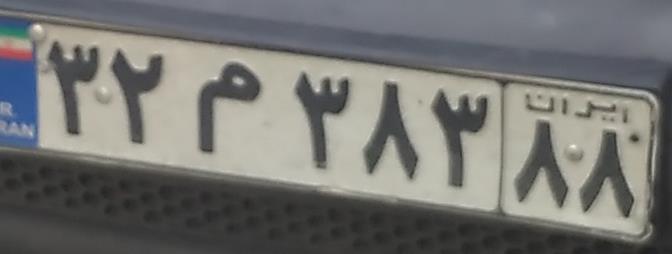
۳۲م۳۸۳۸۸